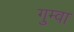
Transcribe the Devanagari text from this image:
गुम्वा